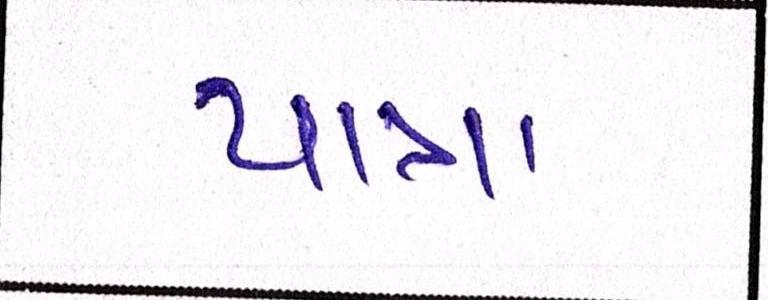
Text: યાત્રા